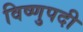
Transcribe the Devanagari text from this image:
विष्णुपदी